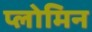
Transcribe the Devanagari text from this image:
प्लोमिन